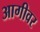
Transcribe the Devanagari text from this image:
आगीवर